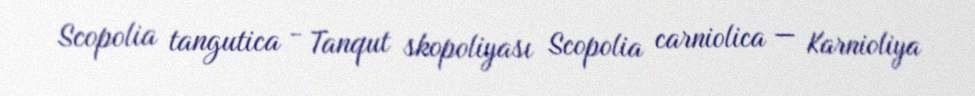
Scopolia tangutica - Tanqut skopoliyası Scopolia carniolica — Karnioliya